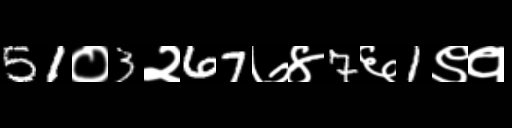
Text: 51०3२67७४7६1९१